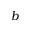
b